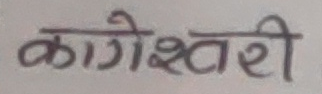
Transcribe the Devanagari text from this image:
कागेश्वरी